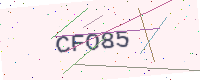
Text: CFO85